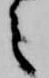
之